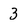
Character: 3